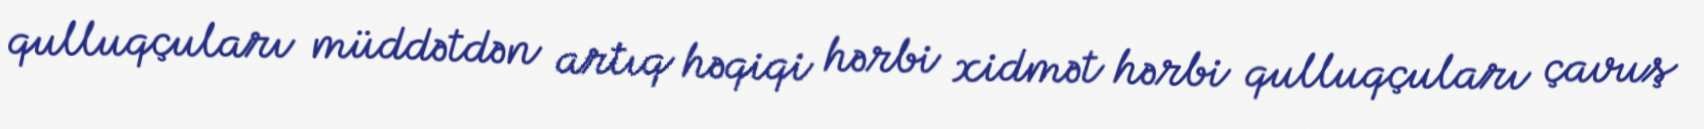
qulluqçuları müddətdən artıq həqiqi hərbi xidmət hərbi qulluqçuları çavuş